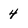
Character: 4